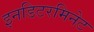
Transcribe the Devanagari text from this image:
इनडिटरमिनेट